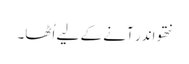
نتھو اندر آنے کے لیے اُٹھا۔